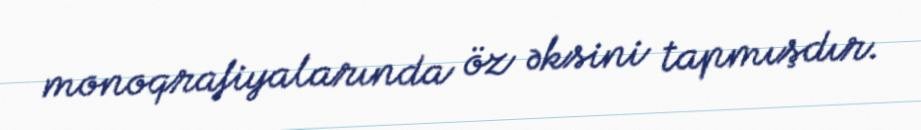
monoqrafiyalarında öz əksini tapmışdır.